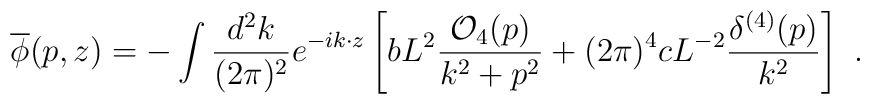
{\overline \phi}(p,z)=-\int {d^2 k\over (2\pi)^2}e^{-ik\cdot z} \left[bL^2{{\cal O}_4(p)\over {k^2+p^2}}+(2\pi)^4 cL^{-2} {\delta^{(4)}(p)\over k^2}\right]~.